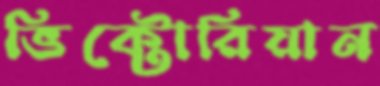
ভিক্টোরিয়ান